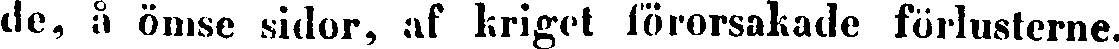
de, å ömse sidor, af kriget förorsakade förlusterne.